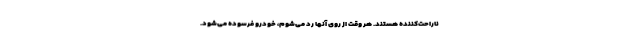
ناراحت‌کننده هستند. هر وقت از روی آنها رد می‌شوم، خودرو فرسوده می‌شود.